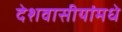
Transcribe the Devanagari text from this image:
देशवासीयांमधे